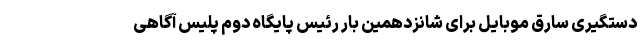
دستگیری سارق موبایل برای شانزدهمین بار رئیس پایگاه دوم پلیس آگاهی